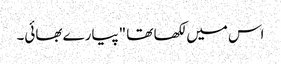
اس میں لکھا تھا "پیارے بھائی۔